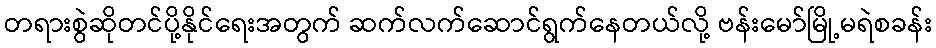
တရားစွဲဆိုတင်ပို့နိုင်ရေးအတွက် ဆက်လက်ဆောင်ရွက်နေတယ်လို့ ဗန်းမော်မြို့မရဲစခန်း